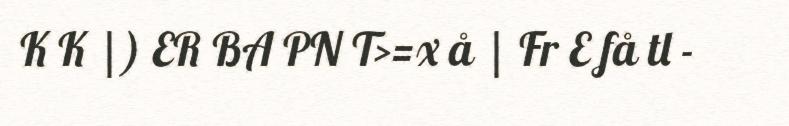
K K |) ER BA PN T>=x å | Fr E få tl -